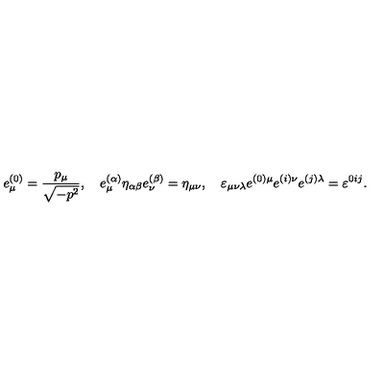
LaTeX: e _ { \mu } ^ { ( 0 ) } = \frac { p _ { \mu } } { \sqrt { - p ^ { 2 } } } , \quad e _ { \mu } ^ { ( \alpha ) } \eta _ { \alpha \beta } e _ { \nu } ^ { ( \beta ) } = \eta _ { \mu \nu } , \quad \varepsilon _ { \mu \nu \lambda } e ^ { ( 0 ) \mu } e ^ { ( i ) \nu } e ^ { ( j ) \lambda } = \varepsilon ^ { 0 i j } .